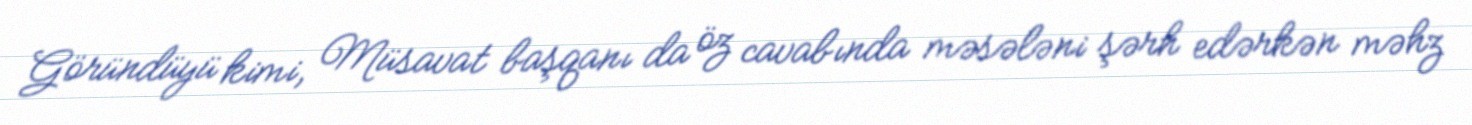
Göründüyü kimi, Müsavat başqanı da öz cavabında məsələni şərh edərkən məhz